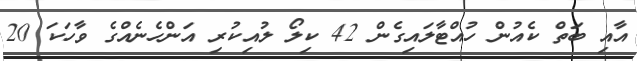
އާއި ބަތް ކެއުން ހުއްޓާލައިގެން 42 ކިލޯ ލުއިކުރި އަންހެނެއްގެ ވާހަކަ 20